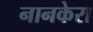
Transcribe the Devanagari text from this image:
नानकेरा